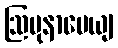
ဩပုနာပေယျ